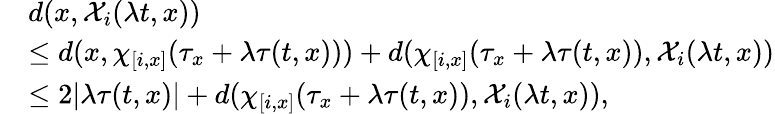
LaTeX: \begin{array}{rl}&{d(x,\mathcal{X}_{i}(\lambda t,x))}\\ &{\leq d(x,\chi_{[i,x]}(\tau_{x}+\lambda\tau(t,x)))+d(\chi_{[i,x]}(\tau_{x}+\lambda\tau(t,x)),\mathcal{X}_{i}(\lambda t,x))}\\ &{\leq 2|\lambda\tau(t,x)|+d(\chi_{[i,x]}(\tau_{x}+\lambda\tau(t,x)),\mathcal{X}_{i}(\lambda t,x)),}\end{array}